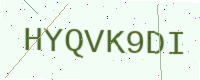
Text: HYQVK9DI